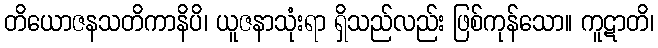
တိယောဇနသတိကာနိပိ၊ ယူဇနာသုံးရာ ရှိသည်လည်း ဖြစ်ကုန်သော။ ကူဋာတိ၊